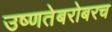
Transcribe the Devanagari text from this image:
उष्णतेबरोबरच